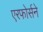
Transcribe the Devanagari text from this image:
एरफोर्सने